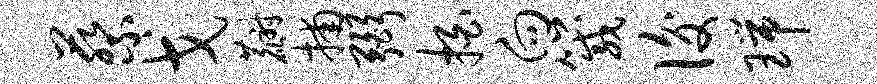
蔡戈麝捕弼拍向箴后瑞